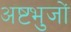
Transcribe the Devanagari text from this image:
अष्टभुजों